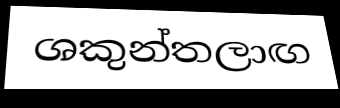
ශකුන්තලාඟ